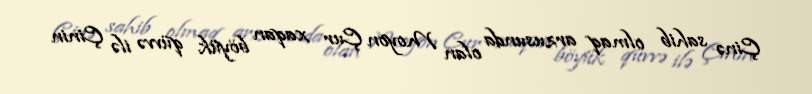
Çinə sahib olmaq arzusunda olan Moyon Çur xaqan böyük qüvvə ilə Çinin